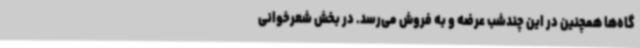
گاه‌ها همچنین در این چندشب عرضه و به فروش می‌رسد. در بخش شعرخوانی